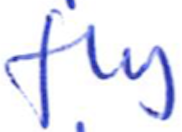
Text: fly
Cross-out: clean
Writing tool: ballpoint